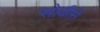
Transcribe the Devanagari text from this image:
सोयीने